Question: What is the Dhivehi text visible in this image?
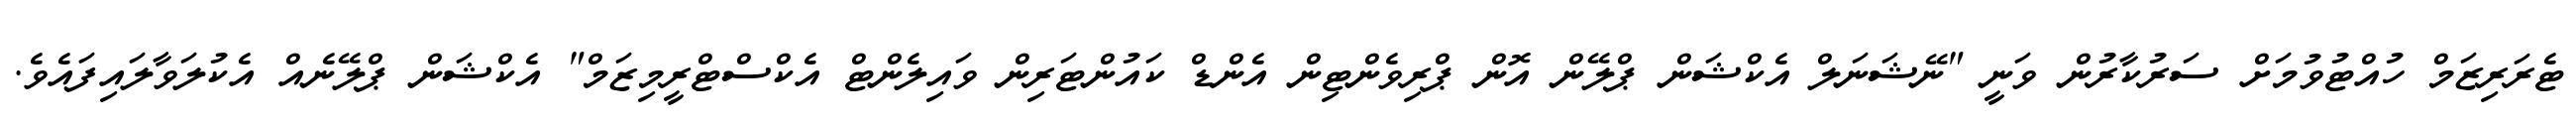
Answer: ޓެރަރިޒަމް ހުއްޓުވުމަށް ސަރުކާރުން ވަނީ "ނޭޝަނަލް އެކްޝަން ޕްލޭން އޮން ޕްރިވެންޓިން އެންޑް ކައުންޓަރިން ވައިލެންޓް އެކްސްޓްރީމިޒަމް" އެކްޝަން ޕްލޭނެއް އެކުލަވާލައިފައެވެ.